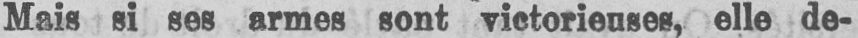
Mais si ses armes sont victorieuses, elle de-